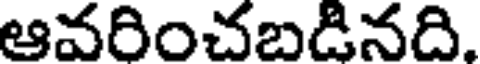
ఆవరించబడినది.